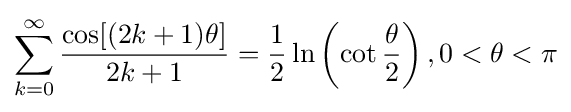
\sum _{k=0}^{\infty }{\frac {\cos[(2k+1)\theta ]}{2k+1}}={\frac {1}{2}}\ln \left(\cot {\frac {\theta }{2}}\right),0<\theta <\pi